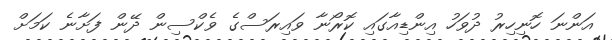
އަންނަ ހޮނިހިރު ދުވަހު އިންޑިއާގައި ކޮރޯނާ ވައިރަސްގެ ވެކްސިން ދޭން ފަށާނެ ކަމަށް